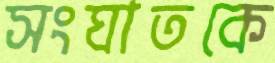
সংঘাতকে